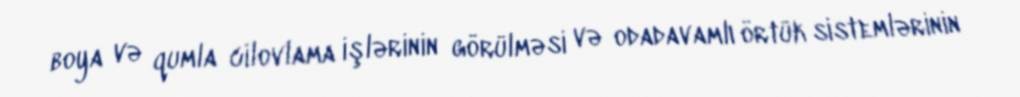
boya və qumla cilovlama işlərinin görülməsi və odadavamlı örtük sistemlərinin